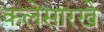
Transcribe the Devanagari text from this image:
कलेसारखे